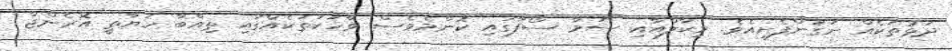
ދަޅުތަކެއް ނަގަންފެށިއެވެ. މިކާލްއާއި ސަމާ ސޯފާގައި ކޮންމެވެސް ވާހަކަތަކެއްގައި ތިއްބާ ހަޔާތީ އޮރެންޖް